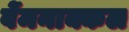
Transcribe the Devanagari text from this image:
वेंमनाक्कल